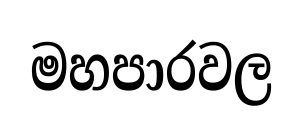
මහපාරවල